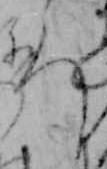
ろ